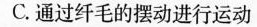
C.通过纤毛的摆动进行运动